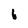
Character: i